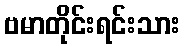
ဗမာတိုင်းရင်းသား